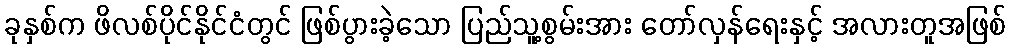
ခုနှစ်က ဖိလစ်ပိုင်နိုင်ငံတွင် ဖြစ်ပွားခဲ့သော ပြည်သူ့စွမ်းအား တော်လှန်ရေးနှင့် အလားတူအဖြစ်